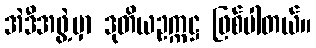
အဲဒီအဖွဲ့မှာ ဒုတိယဥက္ကဋ္ဌ ဖြစ်ပါတယ်။